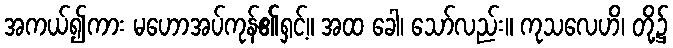
အကယ်၍ကား မဟောအပ်ကုန်၏ရှင့်။ အထ ခေါ၊ သော်လည်း။ ကုသလေဟိ၊ တို့၌